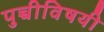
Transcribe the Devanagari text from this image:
पुच्चीविषयी